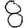
Digit: 8